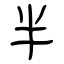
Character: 半